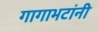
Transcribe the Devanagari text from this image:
गागाभटांनी